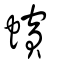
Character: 蠙